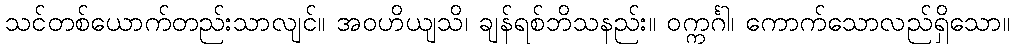
သင်တစ်ယောက်တည်းသာလျင်။ အဝဟိယျသိ၊ ချန်ရစ်ဘိသနည်း။ ဝက္ကင်္ဂါ၊ ကောက်သောလည်ရှိသော။